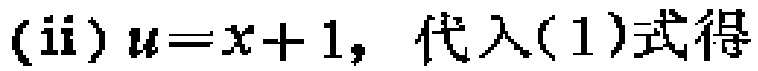
(ii) \(u = x + 1\)，代入(1)式得